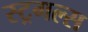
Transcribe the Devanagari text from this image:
स्ट्रगल्स